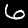
Label: 6